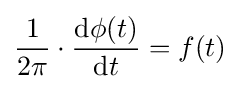
{\frac {1}{2\pi }}\cdot {\frac {\mathrm {d} \phi (t)}{\mathrm {d} t}}=f(t)